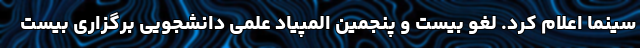
سینما اعلام کرد. لغو بیست و پنجمین المپیاد علمی دانشجویی برگزاری بیست